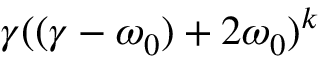
\gamma ( ( \gamma - \omega _ { 0 } ) + 2 \omega _ { 0 } ) ^ { k }